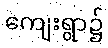
ကျေးရွာ၌